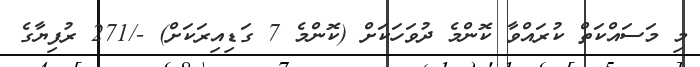
މި މަސައްކަތް ކުރައްވާ ކޮންމެ ދުވަހަކަށް (ކޮންމެ 7 ގަޑިއިރަކަށް) -/271 ރުފިޔާގެ